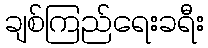
ချစ်ကြည်ရေးခရီး